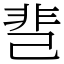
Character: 䨽